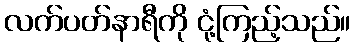
လက်ပတ်နာရီကို ငုံ့ကြည့်သည်။